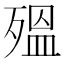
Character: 殟